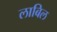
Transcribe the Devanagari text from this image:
लाबिल